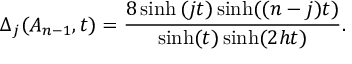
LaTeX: \Delta _ { j } ( A _ { n - 1 } , t ) = \frac { 8 \sinh \left( j t \right) \sinh ( ( n - j ) t ) } { \sinh ( t ) \sinh ( 2 h t ) } .